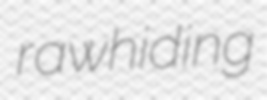
rawhiding